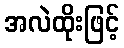
အလဲထိုးဖြင့်